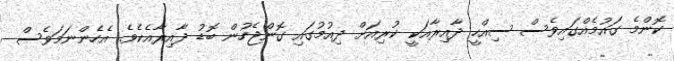
ކޮންމެ ގައުމެއްގައިވެސް ސިއްހީ ދާއިރާއަކީ ކުރިއަށް ދިއުމުގައި ގޮންޖެހުން ބޮޑު ދާއިރާއެކެވެ. އެހެންނަމަވެސް